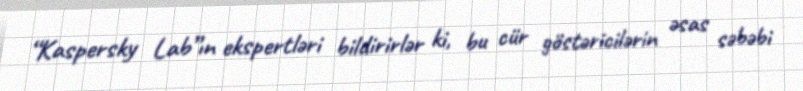
“Kaspersky Lab”ın ekspertləri bildirirlər ki, bu cür göstəricilərin əsas səbəbi